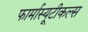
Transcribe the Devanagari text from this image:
फार्मास्यूटीकल्स